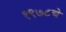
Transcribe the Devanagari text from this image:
१९७८चे